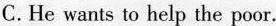
C.He wants to help the poor.